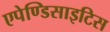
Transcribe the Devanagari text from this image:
एपेण्डिसाइटिस